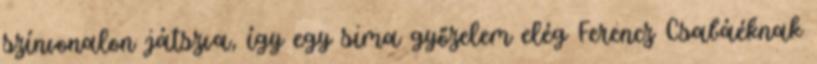
színvonalon játszva, így egy sima győzelem elég Ferencz Csabáéknak